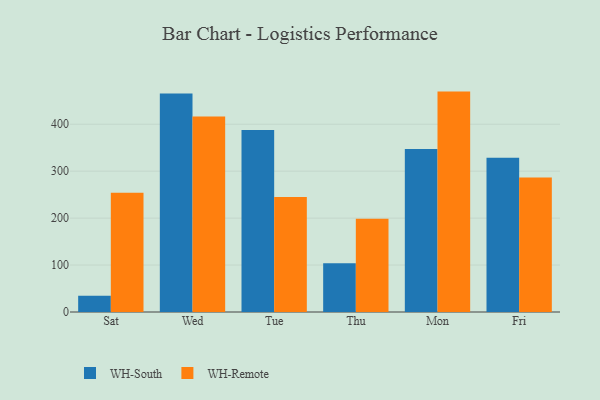
{"axis": {"x": "Day", "y": "Website Visitors"}, "legend": ["WH-Remote", "WH-South"], "data": [{"x": "Sat", "y": 34.4, "type": "WH-South"}, {"x": "Sat", "y": 253.8, "type": "WH-Remote"}, {"x": "Wed", "y": 465.4, "type": "WH-South"}, {"x": "Wed", "y": 416.2, "type": "WH-Remote"}, {"x": "Tue", "y": 387.7, "type": "WH-South"}, {"x": "Tue", "y": 245.2, "type": "WH-Remote"}, {"x": "Thu", "y": 103.8, "type": "WH-South"}, {"x": "Thu", "y": 198.6, "type": "WH-Remote"}, {"x": "Mon", "y": 347.1, "type": "WH-South"}, {"x": "Mon", "y": 469.5, "type": "WH-Remote"}, {"x": "Fri", "y": 328.6, "type": "WH-South"}, {"x": "Fri", "y": 286.6, "type": "WH-Remote"}]}